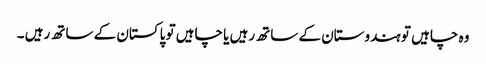
وہ چاہیں تو ہندوستان کے ساتھ رہیں یا چاہیں تو پاکستان کے ساتھ رہیں ۔